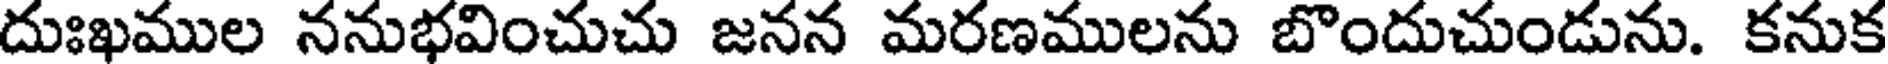
దుఃఖముల ననుభవించుచు జనన మరణములను బొందుచుండును. కనుక